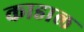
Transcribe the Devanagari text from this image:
काडाल